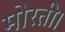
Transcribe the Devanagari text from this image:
मोरती।